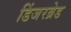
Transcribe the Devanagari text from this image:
डिंजरब्रेड